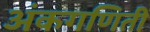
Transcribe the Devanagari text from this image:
अंकगणिती